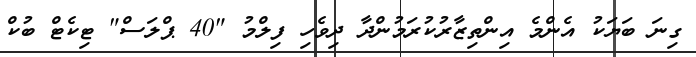
ގިނަ ބަޔަކު އެންމެ އިންތިޒާރުކުރަމުންދާ ދިވެހި ފިލްމު "40 ޕްލަސް" ޓިކެޓް ބުކް